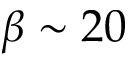
\beta \sim 2 0